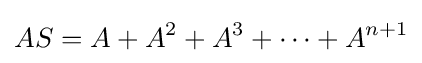
AS=A+A^{2}+A^{3}+\cdots +A^{n+1}